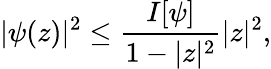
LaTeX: |\psi(z)|^{2}\leq{\frac{I[\psi]}{1-|z|^{2}}}|z|^{2},